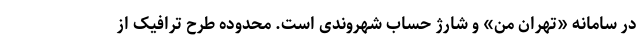
در سامانه «تهران من» و شارژ حساب شهروندی است. محدوده طرح ترافیک از